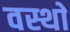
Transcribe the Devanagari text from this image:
वस्थाे